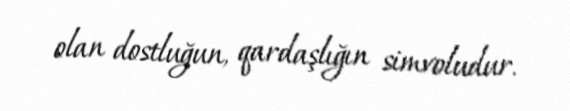
olan dostluğun, qardaşlığın simvoludur.